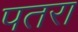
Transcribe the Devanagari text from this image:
पतरा